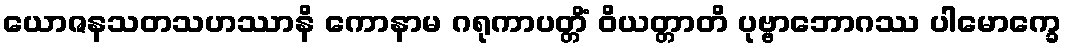
ယောဇနသတသဟဿာနိ ကောနာမ ဂရုကာပတ္တိံ ဝိယတ္တာတိ ပုဗ္ဗာဘောဂဿ ပါမောက္ခေ